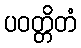
ပဝတ္တိတံ